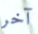
آخر